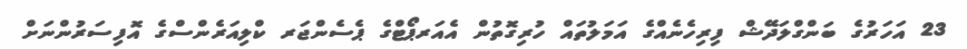
23 އަހަރުގެ ބަންގްލަދޭޝް ފިރިހެނެއްގެ އަމަލުތައް ހުރިގޮތުން އެއަރޕޯޓްގެ ޕެސެންޖަރ ކްލިއަރެންސްގެ އޮފިސަރުންނަށް